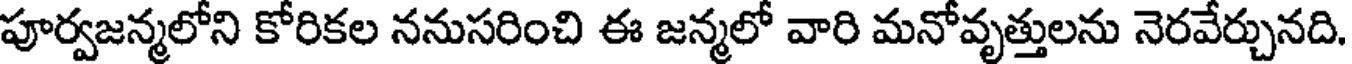
పూర్వజన్మలోని కోరికల ననుసరించి ఈ జన్మలో వారి మనోవృత్తులను నెరవేర్చునది